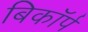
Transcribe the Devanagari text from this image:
बिकॉर्प